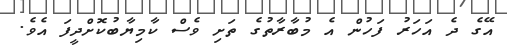
އޭގެ ދެ އަހަރު ފަހުން އެ މުބާރާތުގެ ތަށި ވެސް ކާމިޔާބުކޮށްދީފަ އެވެ.